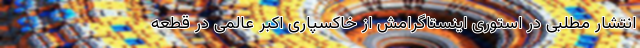
انتشار مطلبی در استوری اینستاگرامش از خاکسپاری اکبر عالمی در قطعه